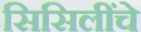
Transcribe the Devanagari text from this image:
सिसिलींचे